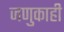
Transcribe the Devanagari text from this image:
जणुकाही